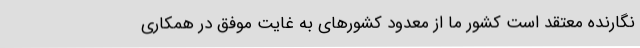
نگارنده معتقد است کشور ما از معدود کشورهای به غایت موفق در همکاری